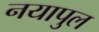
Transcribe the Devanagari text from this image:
नयापुल